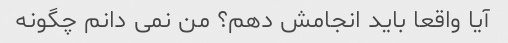
آیا واقعا باید انجامش دهم؟ من نمی دانم چگونه